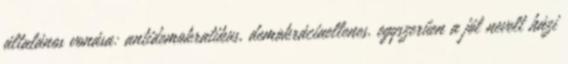
általános vonása: antidemokratikus, demokráciaellenes. egyszerűen a jól nevelt házi